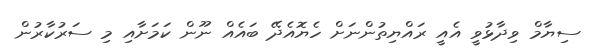
ސިޔާމް ވިދާޅުވީ އެއީ ރައްޔިތުންނަށް ހެޔޮއެދޭ ބައެއް ނޫން ކަމަށާއި މި ސަރުކާރުން